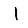
Digit: 1